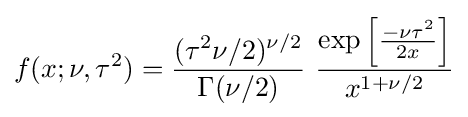
f(x;\nu ,\tau ^{2})={\frac {(\tau ^{2}\nu /2)^{\nu /2}}{\Gamma (\nu /2)}}~{\frac {\exp \left[{\frac {-\nu \tau ^{2}}{2x}}\right]}{x^{1+\nu /2}}}